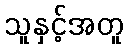
သူနှင့်အတူ